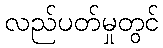
လည်ပတ်မှုတွင်